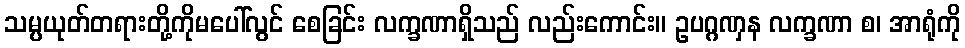
သမ္ပယုတ်တရားတို့ကိုမပေါ်လွင် စေခြင်း လက္ခဏာရှိသည် လည်းကောင်း။ ဥပဂ္ဂဏှန လက္ခဏာ စ၊ အာရုံကို